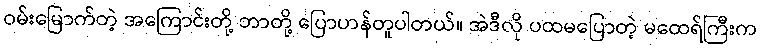
ဝမ်းမြောက်တဲ့ အကြောင်းတို့ ဘာတို့ ပြောဟန်တူပါတယ်။ အဲဒီလို ပထမပြောတဲ့ မထေရ်ကြီးက